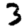
Digit: 3